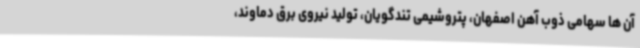
آن ها سهامی ذوب آهن اصفهان، پتروشیمی تندگویان، تولید نیروی برق دماوند،